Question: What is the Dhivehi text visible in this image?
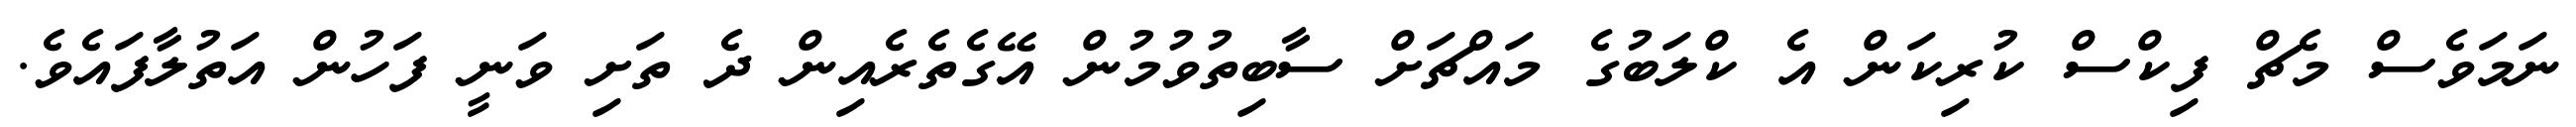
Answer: ނަމަވެސް މެޗް ފިކްސް ކުރިކަން އެ ކްލަބުގެ މައްޗަށް ސާބިތުވުމުން އޭގެތެރެއިން ދެ ތަށި ވަނީ ފަހުން އަތުލާފައެވެ.